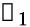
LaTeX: \boldsymbol{\mathscr{N}}_{1}